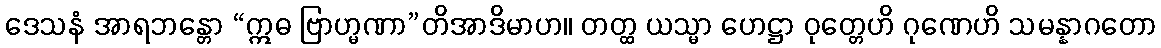
ဒေသနံ အာရဘန္တော “ဣဓ ဗြာဟ္မဏာ”တိအာဒိမာဟ။ တတ္ထ ယသ္မာ ဟေဋ္ဌာ ဝုတ္တေဟိ ဂုဏေဟိ သမန္နာဂတော